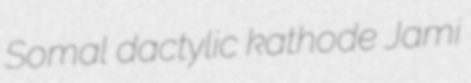
Somal dactylic kathode Jami